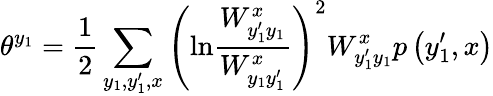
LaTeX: \theta^{y_{1}}=\frac{1}{2}\sum_{y_{1},y_{1}^{\prime},x}\left(\mathrm{ln}\frac{W_{y_{1}^{\prime}y_{1}}^{x}}{W_{y_{1}y_{1}^{\prime}}^{x}}\right)^{2}W_{y_{1}^{\prime}y_{1}}^{x}p\left(y_{1}^{\prime},x\right)